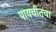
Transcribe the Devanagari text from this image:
पायचीतचा